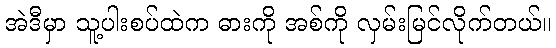
အဲဒီမှာ သူ့ပါးစပ်ထဲက ဓားကို အစ်ကို လှမ်းမြင်လိုက်တယ်။